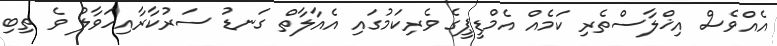
އެއްވެސް އިޚްލާސްތެރި ކަމެއް އެމްޑީޕީގެ ވެރިކަމުގައި އެއާލާތް ގަނޑު ސަރުކާރާއިހަވާލު ވެ ތިބި